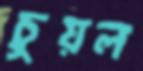
চুয়ল